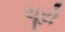
ચૂરો